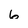
Character: 6